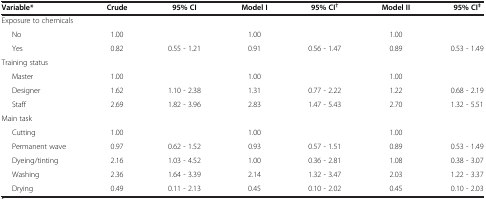
<table><thead><tr><td><b>Variable*</b></td><td><b>Crude</b></td><td><b>95% CI</b></td><td><b>Model I</b></td><td><b>95% CI<sup>†</sup></b></td><td><b>Model II</b></td><td><b>95% CI<sup>‡</sup></b></td></tr></thead><tbody><tr><td colspan="7">Exposure to chemicals</td></tr><tr><td>No</td><td>1.00</td><td> </td><td>1.00</td><td> </td><td>1.00</td><td> </td></tr><tr><td>Yes</td><td>0.82</td><td>0.55 - 1.21</td><td>0.91</td><td>0.56 - 1.47</td><td>0.89</td><td>0.53 - 1.49</td></tr><tr><td colspan="7">Training status</td></tr><tr><td>Master</td><td>1.00</td><td> </td><td>1.00</td><td> </td><td>1.00</td><td> </td></tr><tr><td>Designer</td><td>1.62</td><td>1.10 - 2.38</td><td>1.31</td><td>0.77 - 2.22</td><td>1.22</td><td>0.68 - 2.19</td></tr><tr><td>Staff</td><td>2.69</td><td>1.82 - 3.96</td><td>2.83</td><td>1.47 - 5.43</td><td>2.70</td><td>1.32 - 5.51</td></tr><tr><td colspan="7">Main task</td></tr><tr><td>Cutting</td><td>1.00</td><td> </td><td>1.00</td><td> </td><td>1.00</td><td> </td></tr><tr><td>Permanent wave</td><td>0.97</td><td>0.62 - 1.52</td><td>0.93</td><td>0.57 - 1.51</td><td>0.89</td><td>0.53 - 1.49</td></tr><tr><td>Dyeing/tinting</td><td>2.16</td><td>1.03 - 4.52</td><td>1.00</td><td>0.36 - 2.81</td><td>1.08</td><td>0.38 - 3.07</td></tr><tr><td>Washing</td><td>2.36</td><td>1.64 - 3.39</td><td>2.14</td><td>1.32 - 3.47</td><td>2.03</td><td>1.22 - 3.37</td></tr><tr><td>Drying</td><td>0.49</td><td>0.11 - 2.13</td><td>0.45</td><td>0.10 - 2.02</td><td>0.45</td><td>0.10 - 2.03</td></tr></tbody></table>